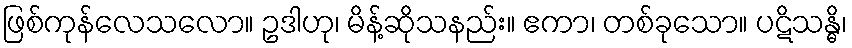
ဖြစ်ကုန်လေသလော။ ဥဒါဟု၊ မိန့်ဆိုသနည်း။ ဧကာ၊ တစ်ခုသော။ ပဋိသန္ဓိ၊